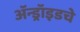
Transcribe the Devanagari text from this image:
ॲन्ड्रॉइडचे